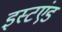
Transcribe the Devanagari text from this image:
इस्टएंड